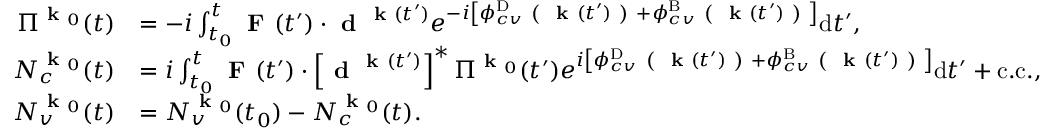
\begin{array} { r l } { \Pi ^ { \textbf { k } _ { 0 } } ( t ) } & { = - i \int _ { t _ { 0 } } ^ { t } \textbf { F } ( t ^ { \prime } ) \cdot \textbf { d } ^ { \textbf { k } ( t ^ { \prime } ) } e ^ { - i \left[ \phi _ { c v } ^ { \mathrm { D } } \textbf { ( } \textbf { k } ( t ^ { \prime } ) \textbf { ) } + \phi _ { c v } ^ { \mathrm { B } } \textbf { ( } \textbf { k } ( t ^ { \prime } ) \textbf { ) } \right] } \mathrm { d } t ^ { \prime } , } \\ { N _ { c } ^ { \textbf { k } _ { 0 } } ( t ) } & { = i \int _ { t _ { 0 } } ^ { t } \textbf { F } ( t ^ { \prime } ) \cdot \left[ \textbf { d } ^ { \textbf { k } ( t ^ { \prime } ) } \right] ^ { * } \Pi ^ { \textbf { k } _ { 0 } } ( t ^ { \prime } ) e ^ { i \left[ \phi _ { c v } ^ { \mathrm { D } } \textbf { ( } \textbf { k } ( t ^ { \prime } ) \textbf { ) } + \phi _ { c v } ^ { \mathrm { B } } \textbf { ( } \textbf { k } ( t ^ { \prime } ) \textbf { ) } \right] } \mathrm { d } t ^ { \prime } + \mathrm { c . c . } , } \\ { N _ { v } ^ { \textbf { k } _ { 0 } } ( t ) } & { = N _ { v } ^ { \textbf { k } _ { 0 } } ( t _ { 0 } ) - N _ { c } ^ { \textbf { k } _ { 0 } } ( t ) . } \end{array}